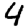
Digit: 4